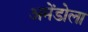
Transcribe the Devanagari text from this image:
अमेंडोला